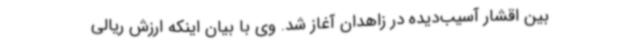
بین اقشار آسیب‌دیده در زاهدان آغاز شد. وی با بیان اینکه ارزش ریالی